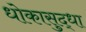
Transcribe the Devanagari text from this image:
धोकासुद्धा